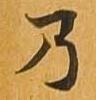
乃